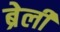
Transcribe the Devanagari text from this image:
ब्रेली